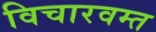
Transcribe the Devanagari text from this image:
विचारवम्त